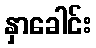
နှာခေါင်း